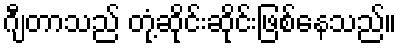
ဂျီတာသည် တုံ့ဆိုင်းဆိုင်းဖြစ်နေသည်။